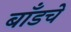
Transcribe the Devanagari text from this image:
बाँडचे